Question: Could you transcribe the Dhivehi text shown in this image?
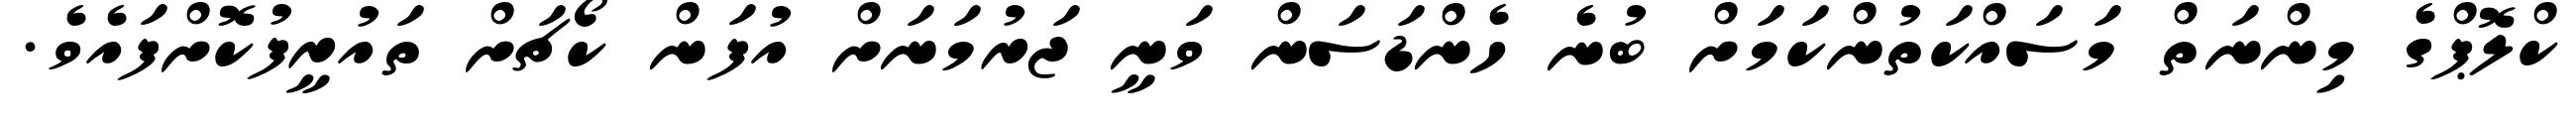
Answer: ކްލޮޕްގެ މިންނަތް މަސައްކަތުންކަމަށް ބުނެ ހެންޑަސަން ވަނީ ޖަރުމަނަށް އުފަން ކޯޗަށް ތައުރީފުކޮށްފައެވެ.